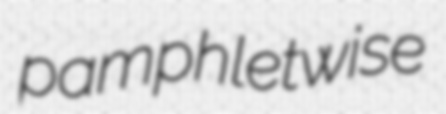
pamphletwise